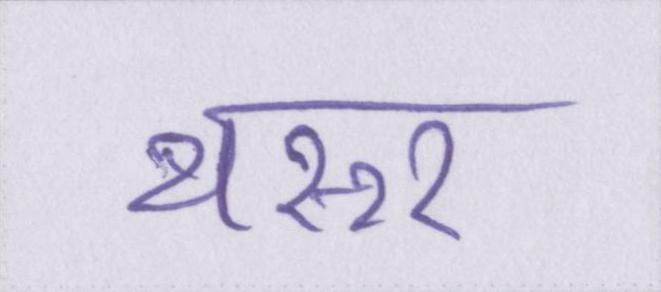
थरूर